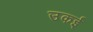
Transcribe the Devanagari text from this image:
उकई